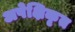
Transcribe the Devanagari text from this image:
अपेक्षिकृत